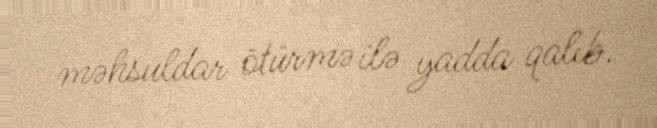
məhsuldar ötürmə ilə yadda qalıb.